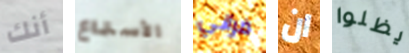
أنك الأستماع فراني ان يظلوا